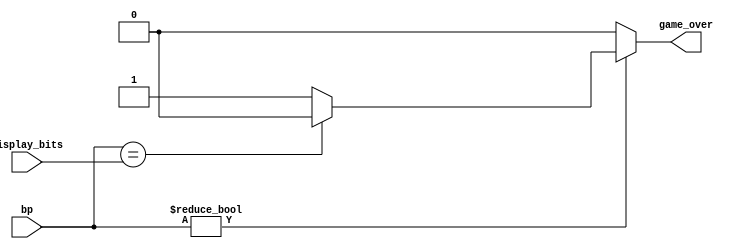
`timescale 1ns / 1ps
//////////////////////////////////////////////////////////////////////////////////
// Company: 
// Engineer: 
// 
// Design Name: 
// Module Name:    validate_btns 
// Project Name: 
// Target Devices: 
// Tool versions: 
// Description: 
//
// Dependencies: 
//
// Revision: 
// Revision 0.01 - File Created
// Additional Comments: 
//
//////////////////////////////////////////////////////////////////////////////////
module validate_btns(
	input [3:0] display_bits,
	input [3:0] bp,
	output reg game_over
);

	always@(bp, display_bits)
		begin
			if (bp != 4'b0000)
				begin
					game_over = (bp == display_bits) ? 0 : 1;
				end
			else
				game_over = 0;
		end
		
endmodule